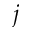
j